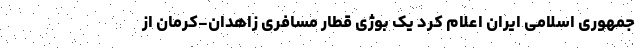
جمهوری اسلامی ایران اعلام کرد یک بوژی قطار مسافری زاهدان-کرمان از